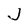
Character: J